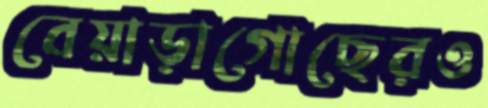
বেয়াড়াগোছেরও